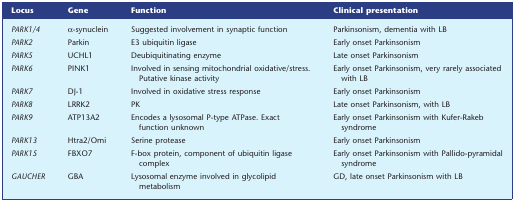
| Locus | Gene | Function | Clinical presentation |
 | --- | --- | --- | --- |
 | PARK1/4 | α-synuclein | Suggested involvement in synaptic function | Parkinsonism, dementia with LB |
 | PARK2 | Parkin | E3 ubiquitin ligase | Early onset Parkinsonism |
 | PARK5 | UCHL1 | Deubiquitinating enzyme | Late onset Parkinsonism |
 | PARK6 | PINK1 | Involved in sensing mitochondrial oxidative/stress. Putative kinase activity | Early onset Parkinsonism, very rarely associated with LB |
 | PARK7 | DJ-1 | Involved in oxidative stress response | Early onset Parkinsonism |
 | PARK8 | LRRK2 | PK | Late onset Parkinsonism, with LB |
 | PARK9 | ATP13A2 | Encodes a lysosomal P-type ATPase. Exact function unknown | Early onset Parkinsonism with Kufer-Rakeb syndrome |
 | PARK13 | Htra2/Omi | Serine protease | Early onset Parkinsonism |
 | PARK15 | FBXO7 | F-box protein, component of ubiquitin ligase complex | Early onset Parkinsonism with Pallido-pyramidal syndrome |
 | GAUCHER | GBA | Lysosomal enzyme involved in glycolipid metabolism | GD, late onset Parkinsonism with LB |